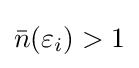
{\bar {n}}(\varepsilon _{i})>1